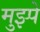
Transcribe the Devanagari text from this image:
मुझ्पे